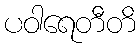
ပဝါရေတီတိ